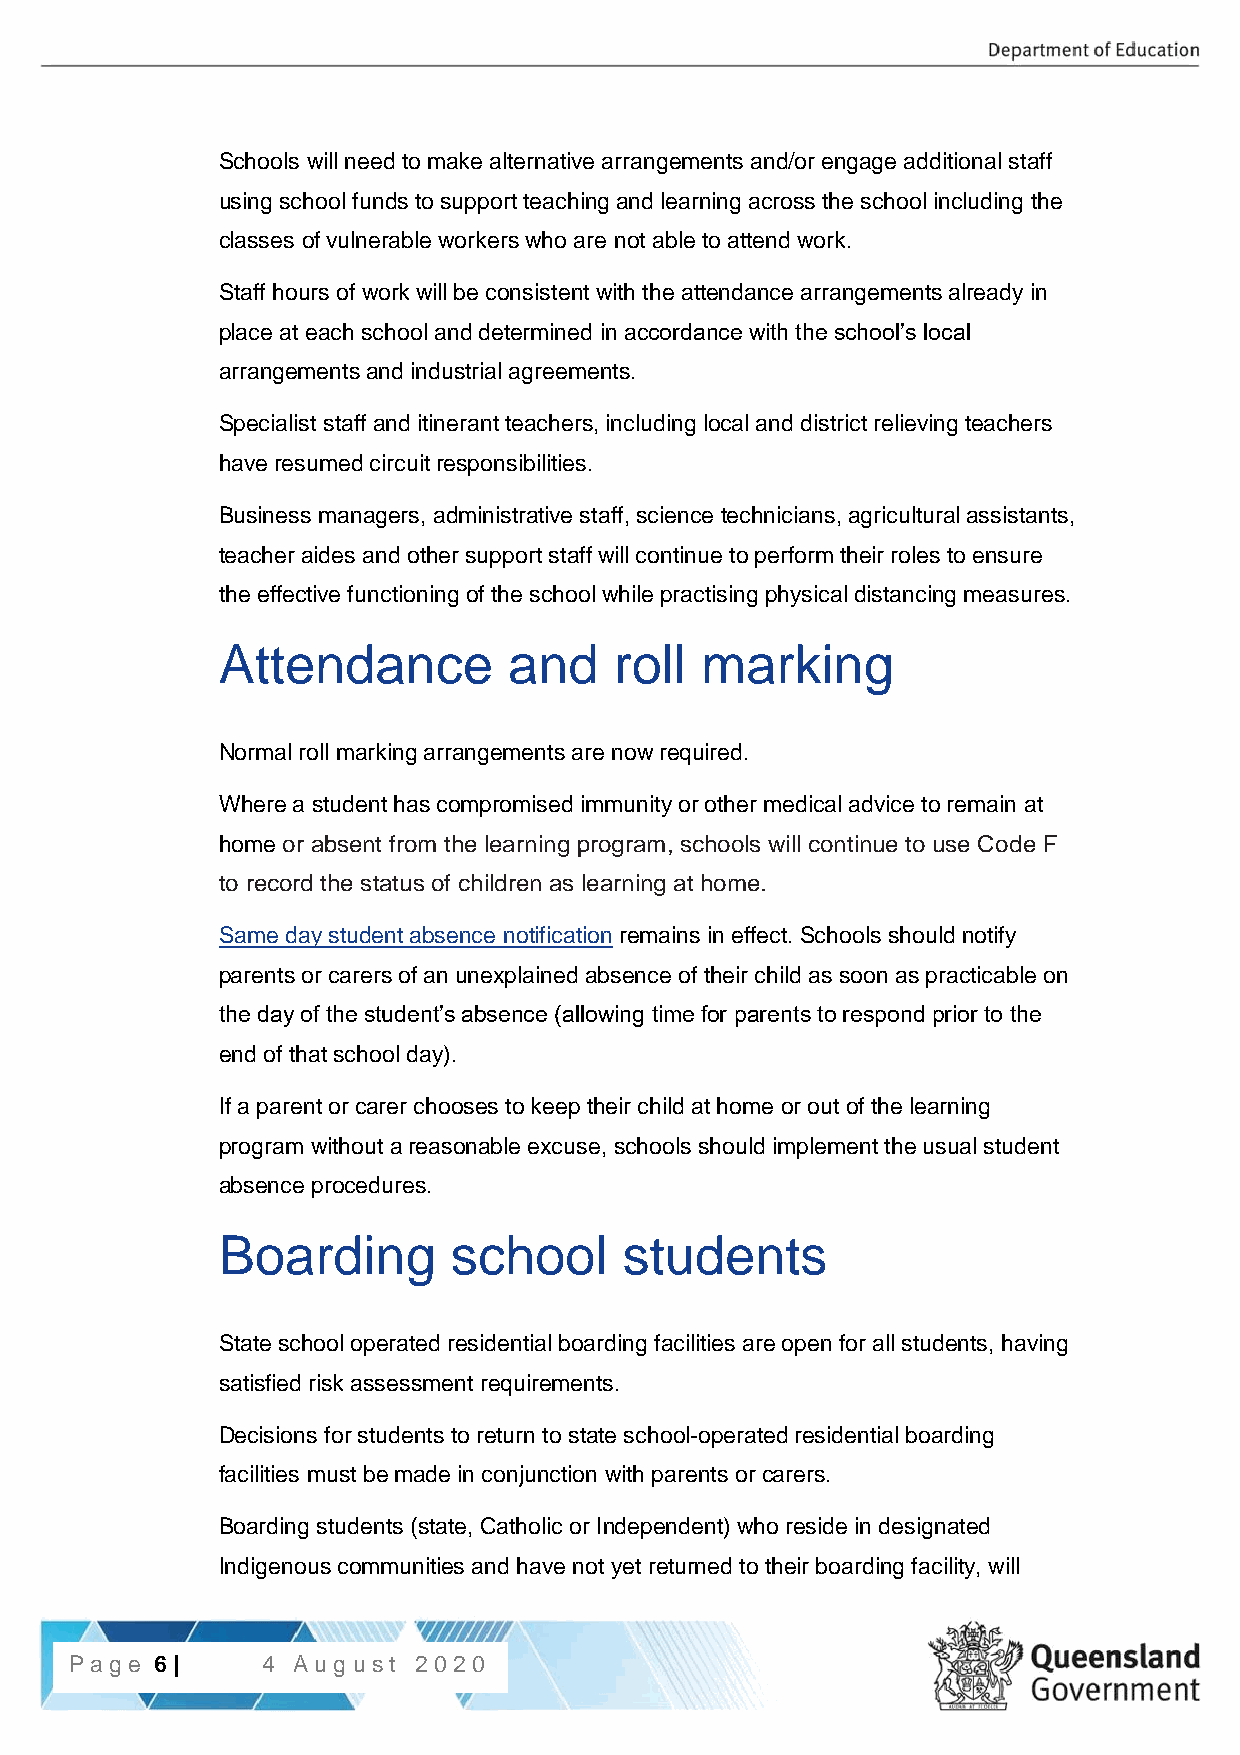
Schools will need to make alternative arrangements and/or engage additional staff
 using school funds to support teaching and learning across the school including the
 classes of vulnerable workers who are not able to attend work.
 Staff hours of work will be consistent with the attendance arrangements already in
 place at each school and determined in accordance with the school’s local
 arrangements and industrial agreements.
 Specialist staff and itinerant teachers, including local and district relieving teachers
 have resumed circuit responsibilities.
 Business managers, administrative staff, science technicians, agricultural assistants,
 teacher aides and other support staff will continue to perform their roles to ensure
 the effective functioning of the school while practising physical distancing measures.
 Attendance          and    roll marking
 Normal roll marking arrangements are now required.
 Where a student has compromised immunity or other medical advice to remain at
 home or absent from the learning program, schools will continue to use Code F
 to record the status of children as learning at home.
 Same day student absence notification remains in effect. Schools should notify
 parents or carers of an unexplained absence of their child as soon as practicable on
 the day of the student’s absence (allowing time for parents to respond prior to the
 end of that school day).
 If a parent or carer chooses to keep their child at home or out of the learning
 program without a reasonable excuse, schools should implement the usual student
 absence procedures.
 Boarding        school     students
 State school operated residential boarding facilities are open for all students, having
 satisfied risk assessment requirements.
 Decisions for students to return to state school-operated residential boarding
 facilities must be made in conjunction with parents or carers.
 Boarding students (state, Catholic or Independent) who reside in designated
 Indigenous communities and have not yet returned to their boarding facility, will
 P6a | gPea g6 e| 4 Aug ust 2020